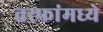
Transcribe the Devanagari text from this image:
तरफांमध्ये